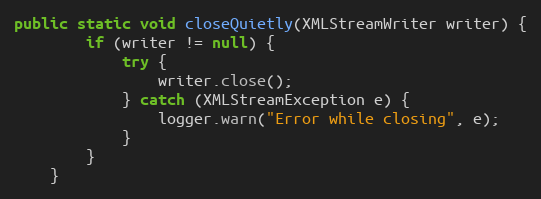
Language: Java
public static void closeQuietly(XMLStreamWriter writer) {
        if (writer != null) {
            try {
                writer.close();
            } catch (XMLStreamException e) {
                logger.warn("Error while closing", e);
            }
        }
    }